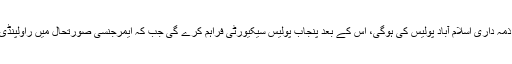
ریلی کی فیض آباد تک سیکیورٹی کی ذمہ داری اسلام آباد پولیس کی ہوگی، اس کے بعد پنجاب پولیس سیکیورٹی فراہم کرے گی جب کہ ایمرجنسی صورتحال میں راولپنڈی میں 4 ہیلی پیڈ بھی بنا دیے گئے ہیں۔